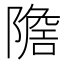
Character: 𨼧